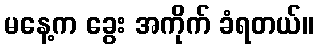
မနေ့က ခွေး အကိုက် ခံရတယ်။